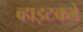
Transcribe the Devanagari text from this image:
व्हाइटकडे